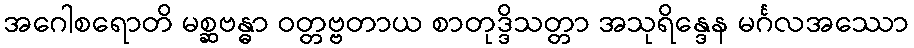
အဂေါစရောတိ မစ္ဆဗန္ဓာ ဝတ္တဗ္ဗတာယ စာတုဒ္ဒိသတ္တာ အသုရိန္ဒေန မင်္ဂလအဿော